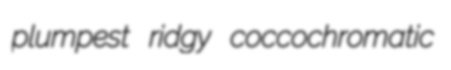
plumpest ridgy coccochromatic